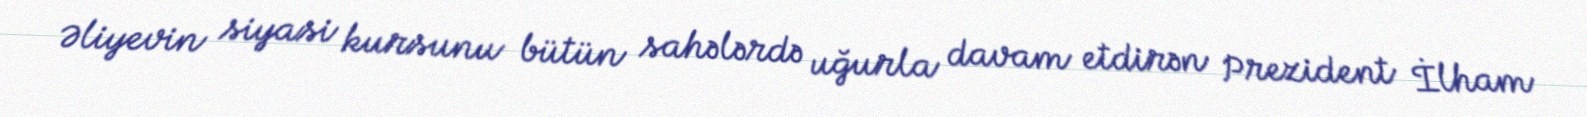
Əliyevin siyasi kursunu bütün sahələrdə uğurla davam etdirən Prezident İlham